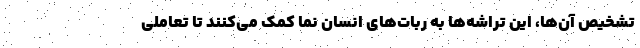
تشخیص آن‌ها، این تراشه‌ها به ربات‌های انسان نما کمک می‌کنند تا تعاملی